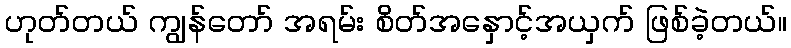
ဟုတ်တယ် ကျွန်တော် အရမ်း စိတ်အနှောင့်အယှက် ဖြစ်ခဲ့တယ်။